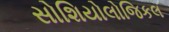
સોશિયોલોજિકલ